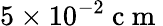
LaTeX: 5\times 10^{-2}\mathrm{~c~m~}